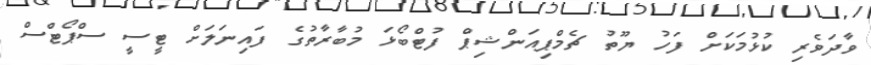
ވާދަވެރި ކުޅުމަކަށް ފަހު ޔޫތު ޗެމްޕިއަންޝިޕް ފުޓްބޯޅަ މުބާރާތުގެ ފައިނަލަށް ޓީސީ ސްޕޯޓްސް